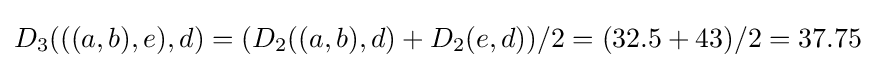
D_{3}(((a,b),e),d)=(D_{2}((a,b),d)+D_{2}(e,d))/2=(32.5+43)/2=37.75